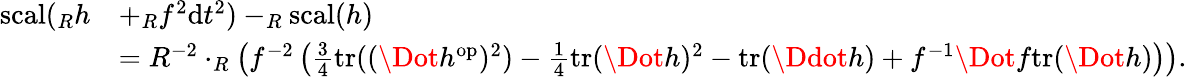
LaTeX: \begin{array}{rl}{\mathord{\mathrm{scal}}(_{R}h}&{+_{R}f^{2}\mathrm{d}t^{2})-_{R}\mathord{\mathrm{scal}}(h)}\\ &{=R^{-2}\cdot_{R}\left(f^{-2}\left(\frac{3}{4}\mathrm{tr}((\Dot{h}^{\mathrm{op}})^{2})-\frac{1}{4}\mathrm{tr}(\Dot{h})^{2}-\mathrm{tr}(\Ddot{h})+f^{-1}\Dot{f}\mathrm{tr}(\Dot{h})\right)\right).}\end{array}